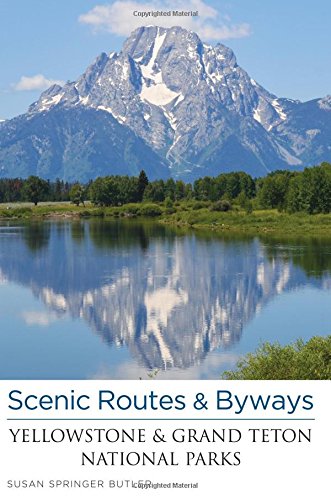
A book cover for Scenic Routes & Byways Yellowstone & Grand Teton National Parks; Susan Butler; Travel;